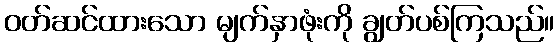
ဝတ်ဆင်ထားသော မျက်နှာဖုံးကို ချွတ်ပစ်ကြသည်။